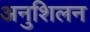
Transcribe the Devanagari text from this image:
अनुशिलन